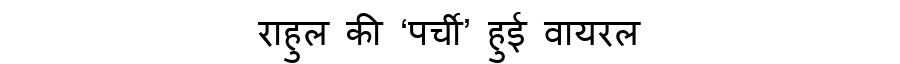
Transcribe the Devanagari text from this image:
राहुल की ‘पर्ची’ हुई वायरल